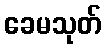
ခေမသုတ်